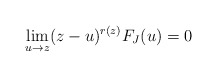
\begin{align*}\lim_{u\to z}(z-u)^{r(z)}F_{J}(u)=0\end{align*}